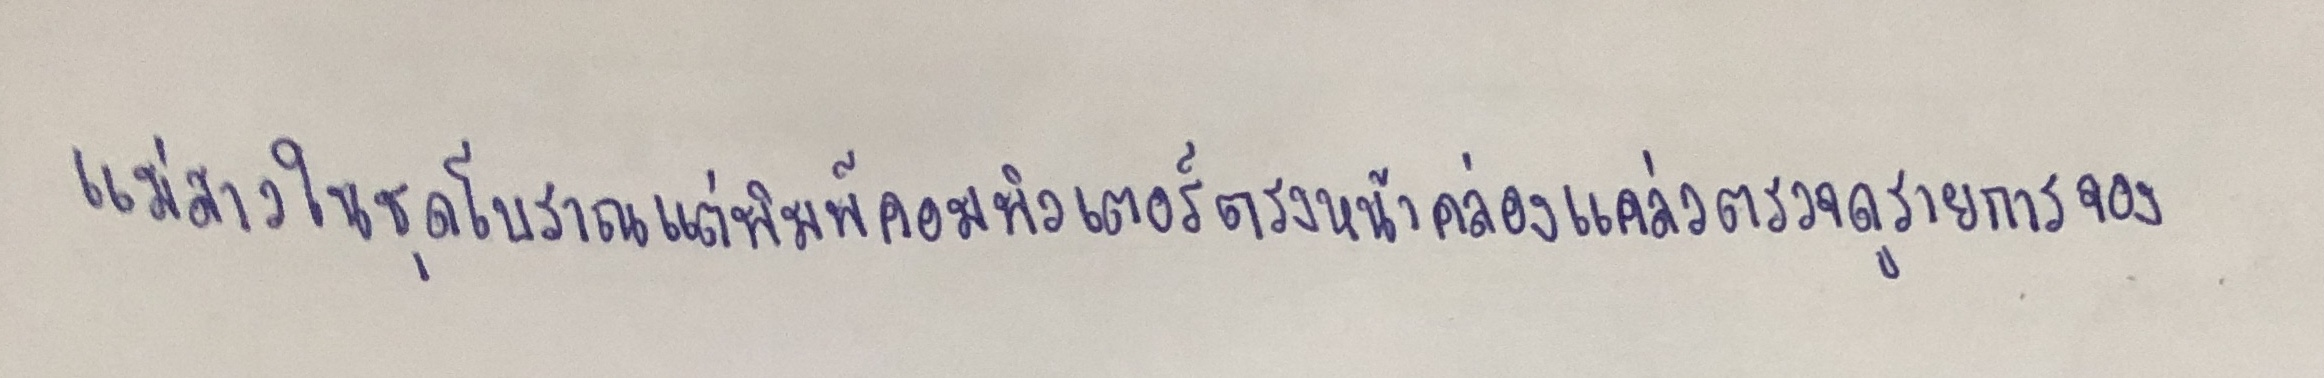
แม่สาวในชุดโบราณแต่พิมพ์คอมพิวเตอร์ตรงหน้าคล่องแคล่วตรวจดูรายการจอง